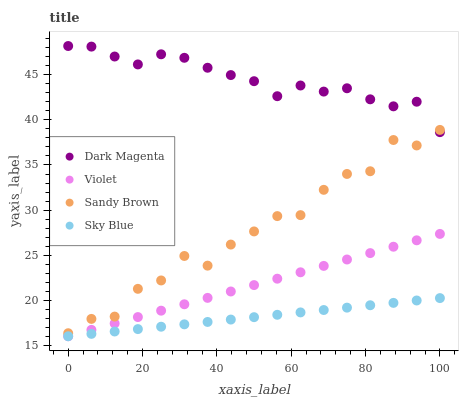
| xaxis_label | Dark Magenta | Violet | Sandy Brown | Sky Blue |
 | --- | --- | --- | --- | --- |
 | 0 | 48.2 | 16 | 16.3 | 16 |
 | 6.25 | 48.1 | 16.7 | 17.9 | 16.3 |
 | 12.5 | 47 | 17.4 | 18.2 | 16.5 |
 | 18.8 | 46.2 | 18.1 | 21.3 | 16.8 |
 | 25 | 47.3 | 18.8 | 22.2 | 17.1 |
 | 31.2 | 46.9 | 19.5 | 24.9 | 17.3 |
 | 37.5 | 45.8 | 20.3 | 23.8 | 17.6 |
 | 43.8 | 45 | 21 | 26.2 | 17.9 |
 | 50 | 44.3 | 21.7 | 27.6 | 18.1 |
 | 56.2 | 42.6 | 22.4 | 29.3 | 18.4 |
 | 62.5 | 43.8 | 23.1 | 29.4 | 18.6 |
 | 68.8 | 43.1 | 23.8 | 32.2 | 18.9 |
 | 75 | 43.5 | 24.5 | 34 | 19.2 |
 | 81.2 | 42.3 | 25.2 | 34.3 | 19.4 |
 | 87.5 | 41.5 | 25.9 | 37.8 | 19.7 |
 | 93.8 | 42 | 26.6 | 37.2 | 20 |
 | 100 | 38.6 | 27.4 | 38.9 | 20.2 |